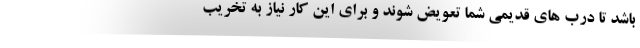
باشد تا درب های قدیمی شما تعویض شوند و برای این کار نیاز به تخریب